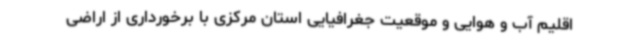
اقلیم آب و هوایی و موقعیت جغرافیایی استان مرکزی با برخورداری از اراضی